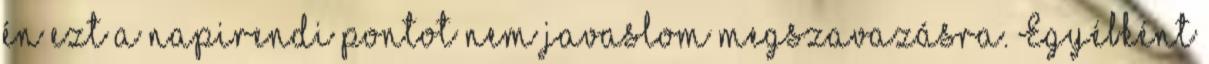
én ezt a napirendi pontot nem javaslom megszavazásra. Egyébként